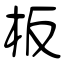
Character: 板